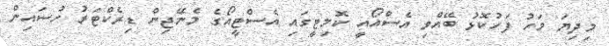
މިދިޔަ މަހު ފަހުކޮޅު ބޭއްވި އެސްއޯއީ ކޮމިޓީގައި އެސްޓީއޯގެ މެނޭޖިން ޑިރެކްޓަރު ހުސައިން